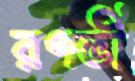
রণভী